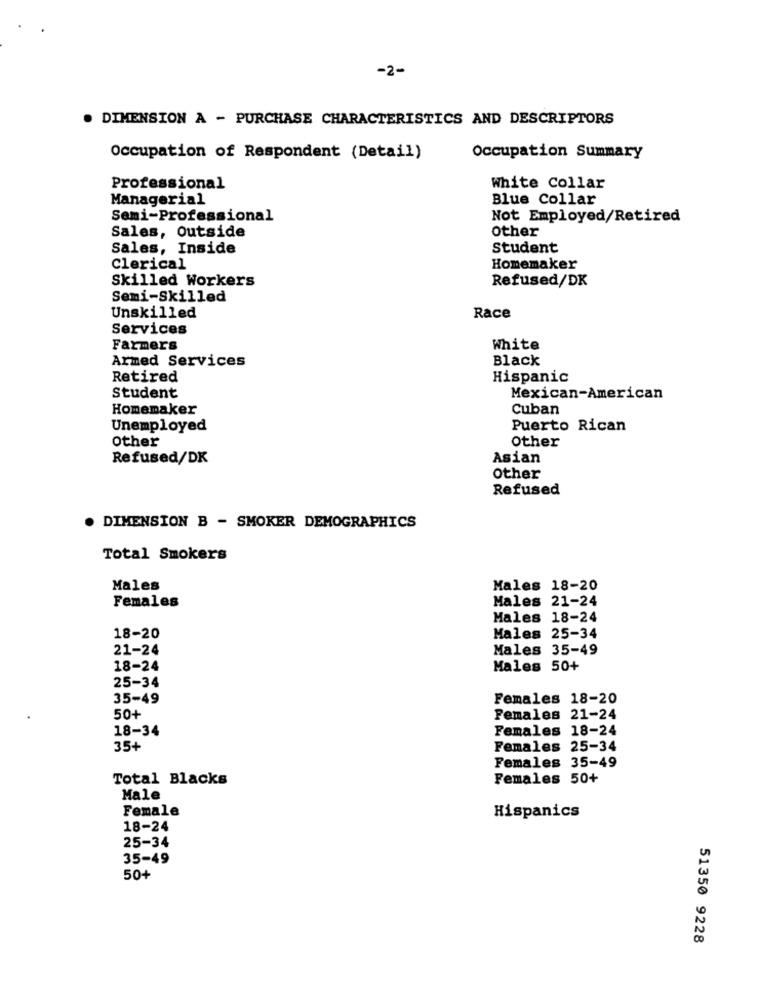
-2-
DIMENSION A - PURCHASE CHARACTERISTICS AND DESCRIPTORS
Occupation of Respondent (Detail)
Occupation Summary
Professional
White Collar
Managerial
Blue Collar
Semi-Professional
Not Employed/Retired
Sales, Outside
Other
Sales, Inside
Student
Clerical
Homemaker
Skilled Workers
Refused/DK
Semi-Skilled
Unskilled
Race
Services
Farmers
White
Armed Services
Black
Retired
Hispanic
Student
Mexican-American
Homemaker
Cuban
Unemployed
Puerto Rican
Other
Other
Refused/DK
Asian
Other
Refused
DIMENSION B - SMOKER DEMOGRAPHICS
Total Smokers
Males
Males 18-20
Males 21-24
Females
Males 18-24
18-20
Males 25-34
21-24
Males 35-49
18-24
Males 50+
25-34
35-49
Females 18-20
50+
Females 21-24
18-34
Females 18-24
35+
Females 25-34
Females 35-49
Total Blacks
Females 50+
Male
Female
Hispanics
18-24
25-34
35-49
50+
51350 9228